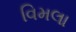
વિમલા